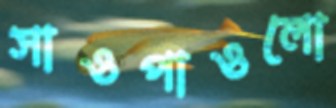
সাওপাওলো